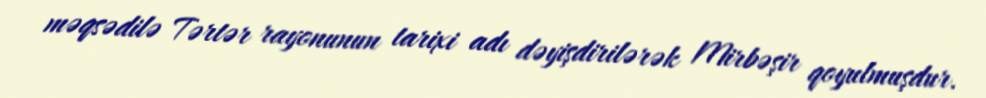
məqsədilə Tərtər rayonunun tarixi adı dəyişdirilərək Mirbəşir qoyulmuşdur.